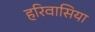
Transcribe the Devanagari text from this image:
हरिवासिया